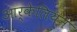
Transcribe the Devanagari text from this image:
आर्केलियन